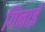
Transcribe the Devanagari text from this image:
गिनाईं